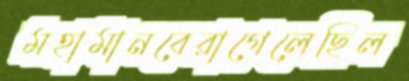
মহামানবেরাগেলেছিল